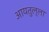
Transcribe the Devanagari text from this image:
आयतुल्ला